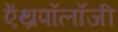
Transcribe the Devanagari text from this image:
ऐंथ्रपॉलॉजी